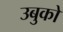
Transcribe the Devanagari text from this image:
उबुको